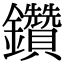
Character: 鑽